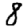
Digit: 8